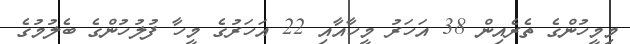
މިމީހުންގެ ތެރެއިން 38 އަހަރު މީހާއާއި 22 އަހަރުގެ މީހާ ފުލުހުންގެ ބެލުމުގެ